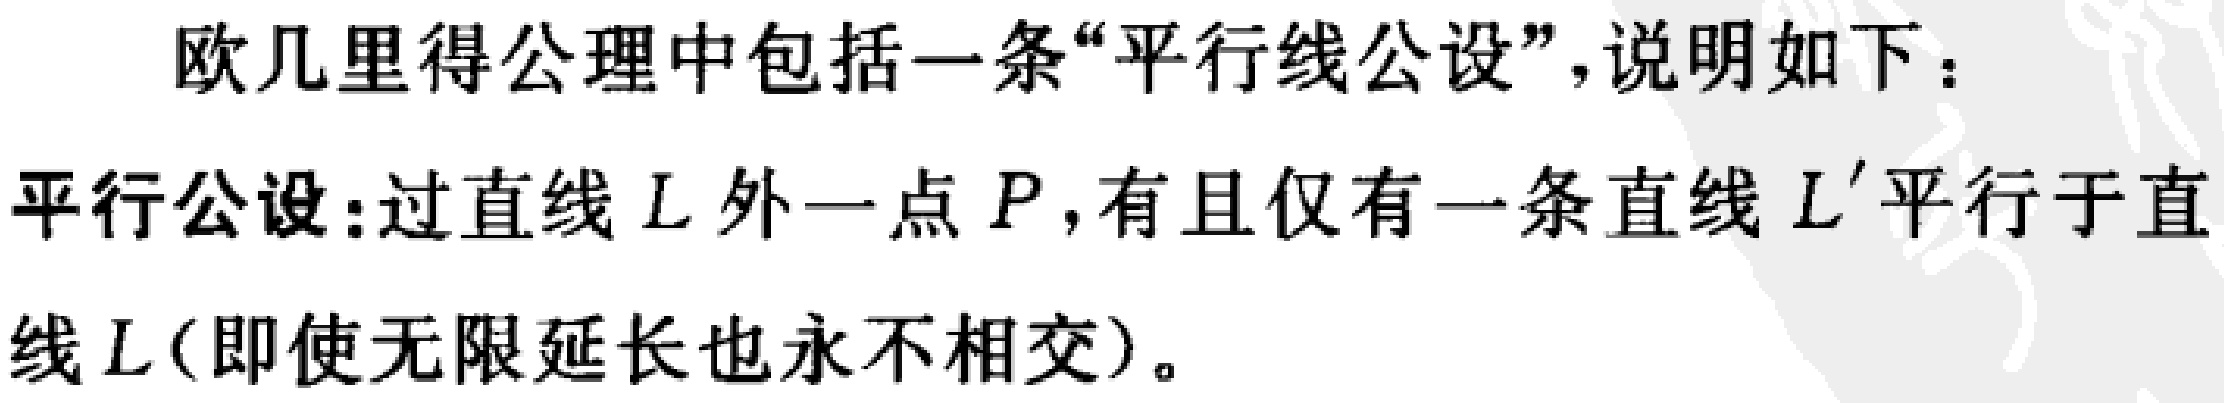
欧几里得公理中包括一条“平行线公设”，说明如下：
平行公设:过直线 \(L\) 外一点 \(P\)，有且仅有一条直线 \(L'\) 平行于直线 \(L\)（即使无限延长也永不相交）。